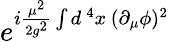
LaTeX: e^{i{\frac{\mu^{2}}{2g^{2}}}\int d^{\, 4}x\, (\partial_{\mu}\phi)^{2}}